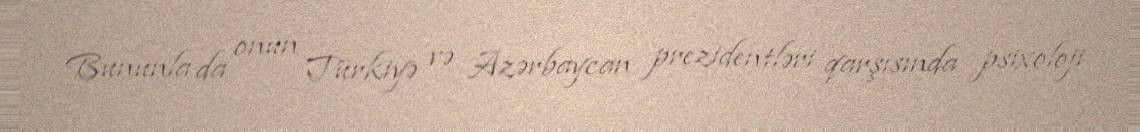
Bununla da onun Türkiyə və Azərbaycan prezidentləri qarşısında psixoloji